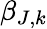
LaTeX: \beta_{J,k}